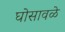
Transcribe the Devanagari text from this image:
घोसावळे